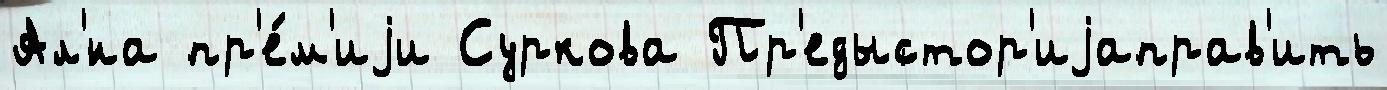
Ал'́на пр'е́м'иjи Суркова Пр'едыстор'иjаправ'ить